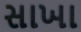
સાખા